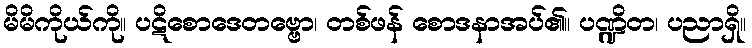
မိမိကိုယ်ကို။ ပဋိစောဒေတဗ္ဗော၊ တစ်ဖန် စောဒနာအပ်၏။ ပဏ္ဍိတ၊ ပညာရှိ။